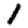
Digit: 1